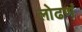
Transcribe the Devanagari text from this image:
लोढणं